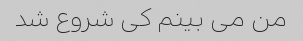
من می بینم کی شروع شد